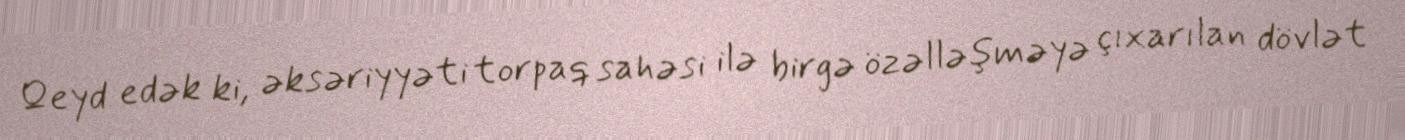
Qeyd edək ki, əksəriyyəti torpaq sahəsi ilə birgə özəlləşməyə çıxarılan dövlət